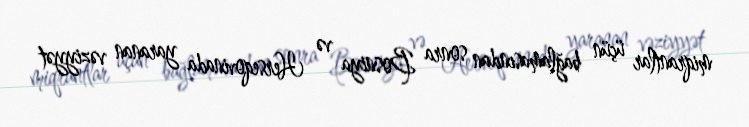
miqrantlar üçün bağlamasından sonra Bosniya və Herseqovinada yaranan vəziyyət